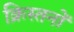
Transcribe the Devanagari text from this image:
क्रिस्तनों